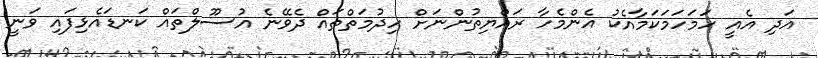
އަދި އެއީ ހަމަހަމަކަމާއެކު އެންމެހާ ރައްޔިތުންނަށް ހިދުމަތްތައް ދެވޭނެ އުސޫލްތައް ކަނޑައެޅިފައި ވަނީ